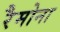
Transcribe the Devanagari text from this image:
रैमोना